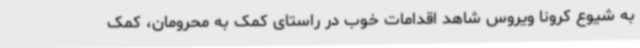
به شیوع کرونا ویروس شاهد اقدامات خوب در راستای کمک به محرومان، کمک